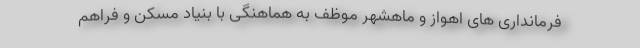
فرمانداری های اهواز و ماهشهر موظف به هماهنگی با بنیاد مسکن و فراهم